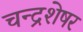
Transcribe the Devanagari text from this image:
चन्द्रशेषर